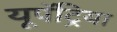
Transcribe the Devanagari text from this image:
यूपॅट्रिया